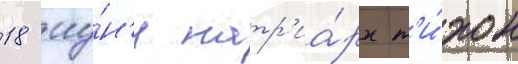
18 иу́н'я патр'иа́рх т'и́хон